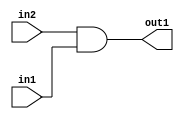
`timescale 1ps / 1ps
/*****************************************************************************
    Verilog RTL Description
    
    
    Created by: Stratus DpOpt 21.05.01 
*******************************************************************************/

module Filter_And_1Ux1U_1U_4 (
	in2,
	in1,
	out1
	); /* architecture "behavioural" */ 
input  in2,
	in1;
output  out1;
wire  asc001;

assign asc001 = 
	(in2)
	&(in1);

assign out1 = asc001;
endmodule

/* CADENCE  urX0TQk= : u9/ySxbfrwZIxEzHVQQV8Q== ** DO NOT EDIT THIS LINE ******/